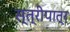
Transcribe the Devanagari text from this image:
स्त्रीपात्र